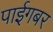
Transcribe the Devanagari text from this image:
पाईगबर